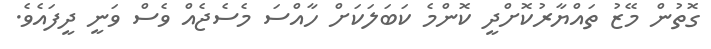
ގޮތުން މޭޒު ތައްޔާރުކޮށްދީ ކޮންމެ ކަބަލަކަށް ހާއްސަ މެސެޖެއް ވެސް ވަނީ ދީފައެވެ.